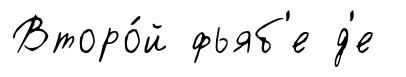
Второ́й фьяб'е д'е